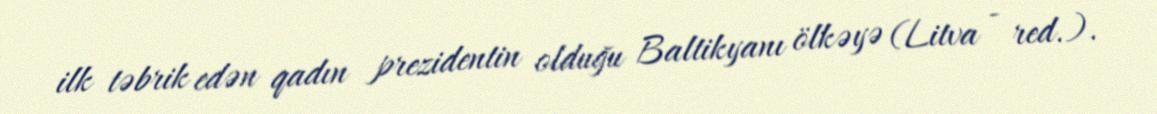
ilk təbrik edən qadın prezidentin olduğu Baltikyanı ölkəyə (Litva - red.).